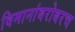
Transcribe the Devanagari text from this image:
विमानांबरोबरच